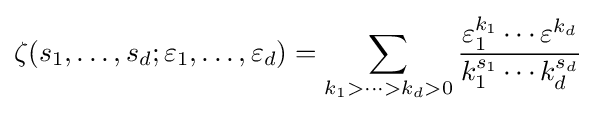
\zeta (s_{1},\ldots ,s_{d};\varepsilon _{1},\ldots ,\varepsilon _{d})=\sum \limits _{k_{1}>\cdots >k_{d}>0}{\frac {\varepsilon _{1}^{k_{1}}\cdots \varepsilon ^{k_{d}}}{k_{1}^{s_{1}}\cdots k_{d}^{s_{d}}}}